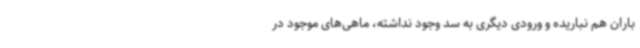
باران هم نباریده و ورودی دیگری به سد وجود نداشته، ماهی‌های موجود در